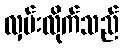
လှမ်းလိုက်သည်